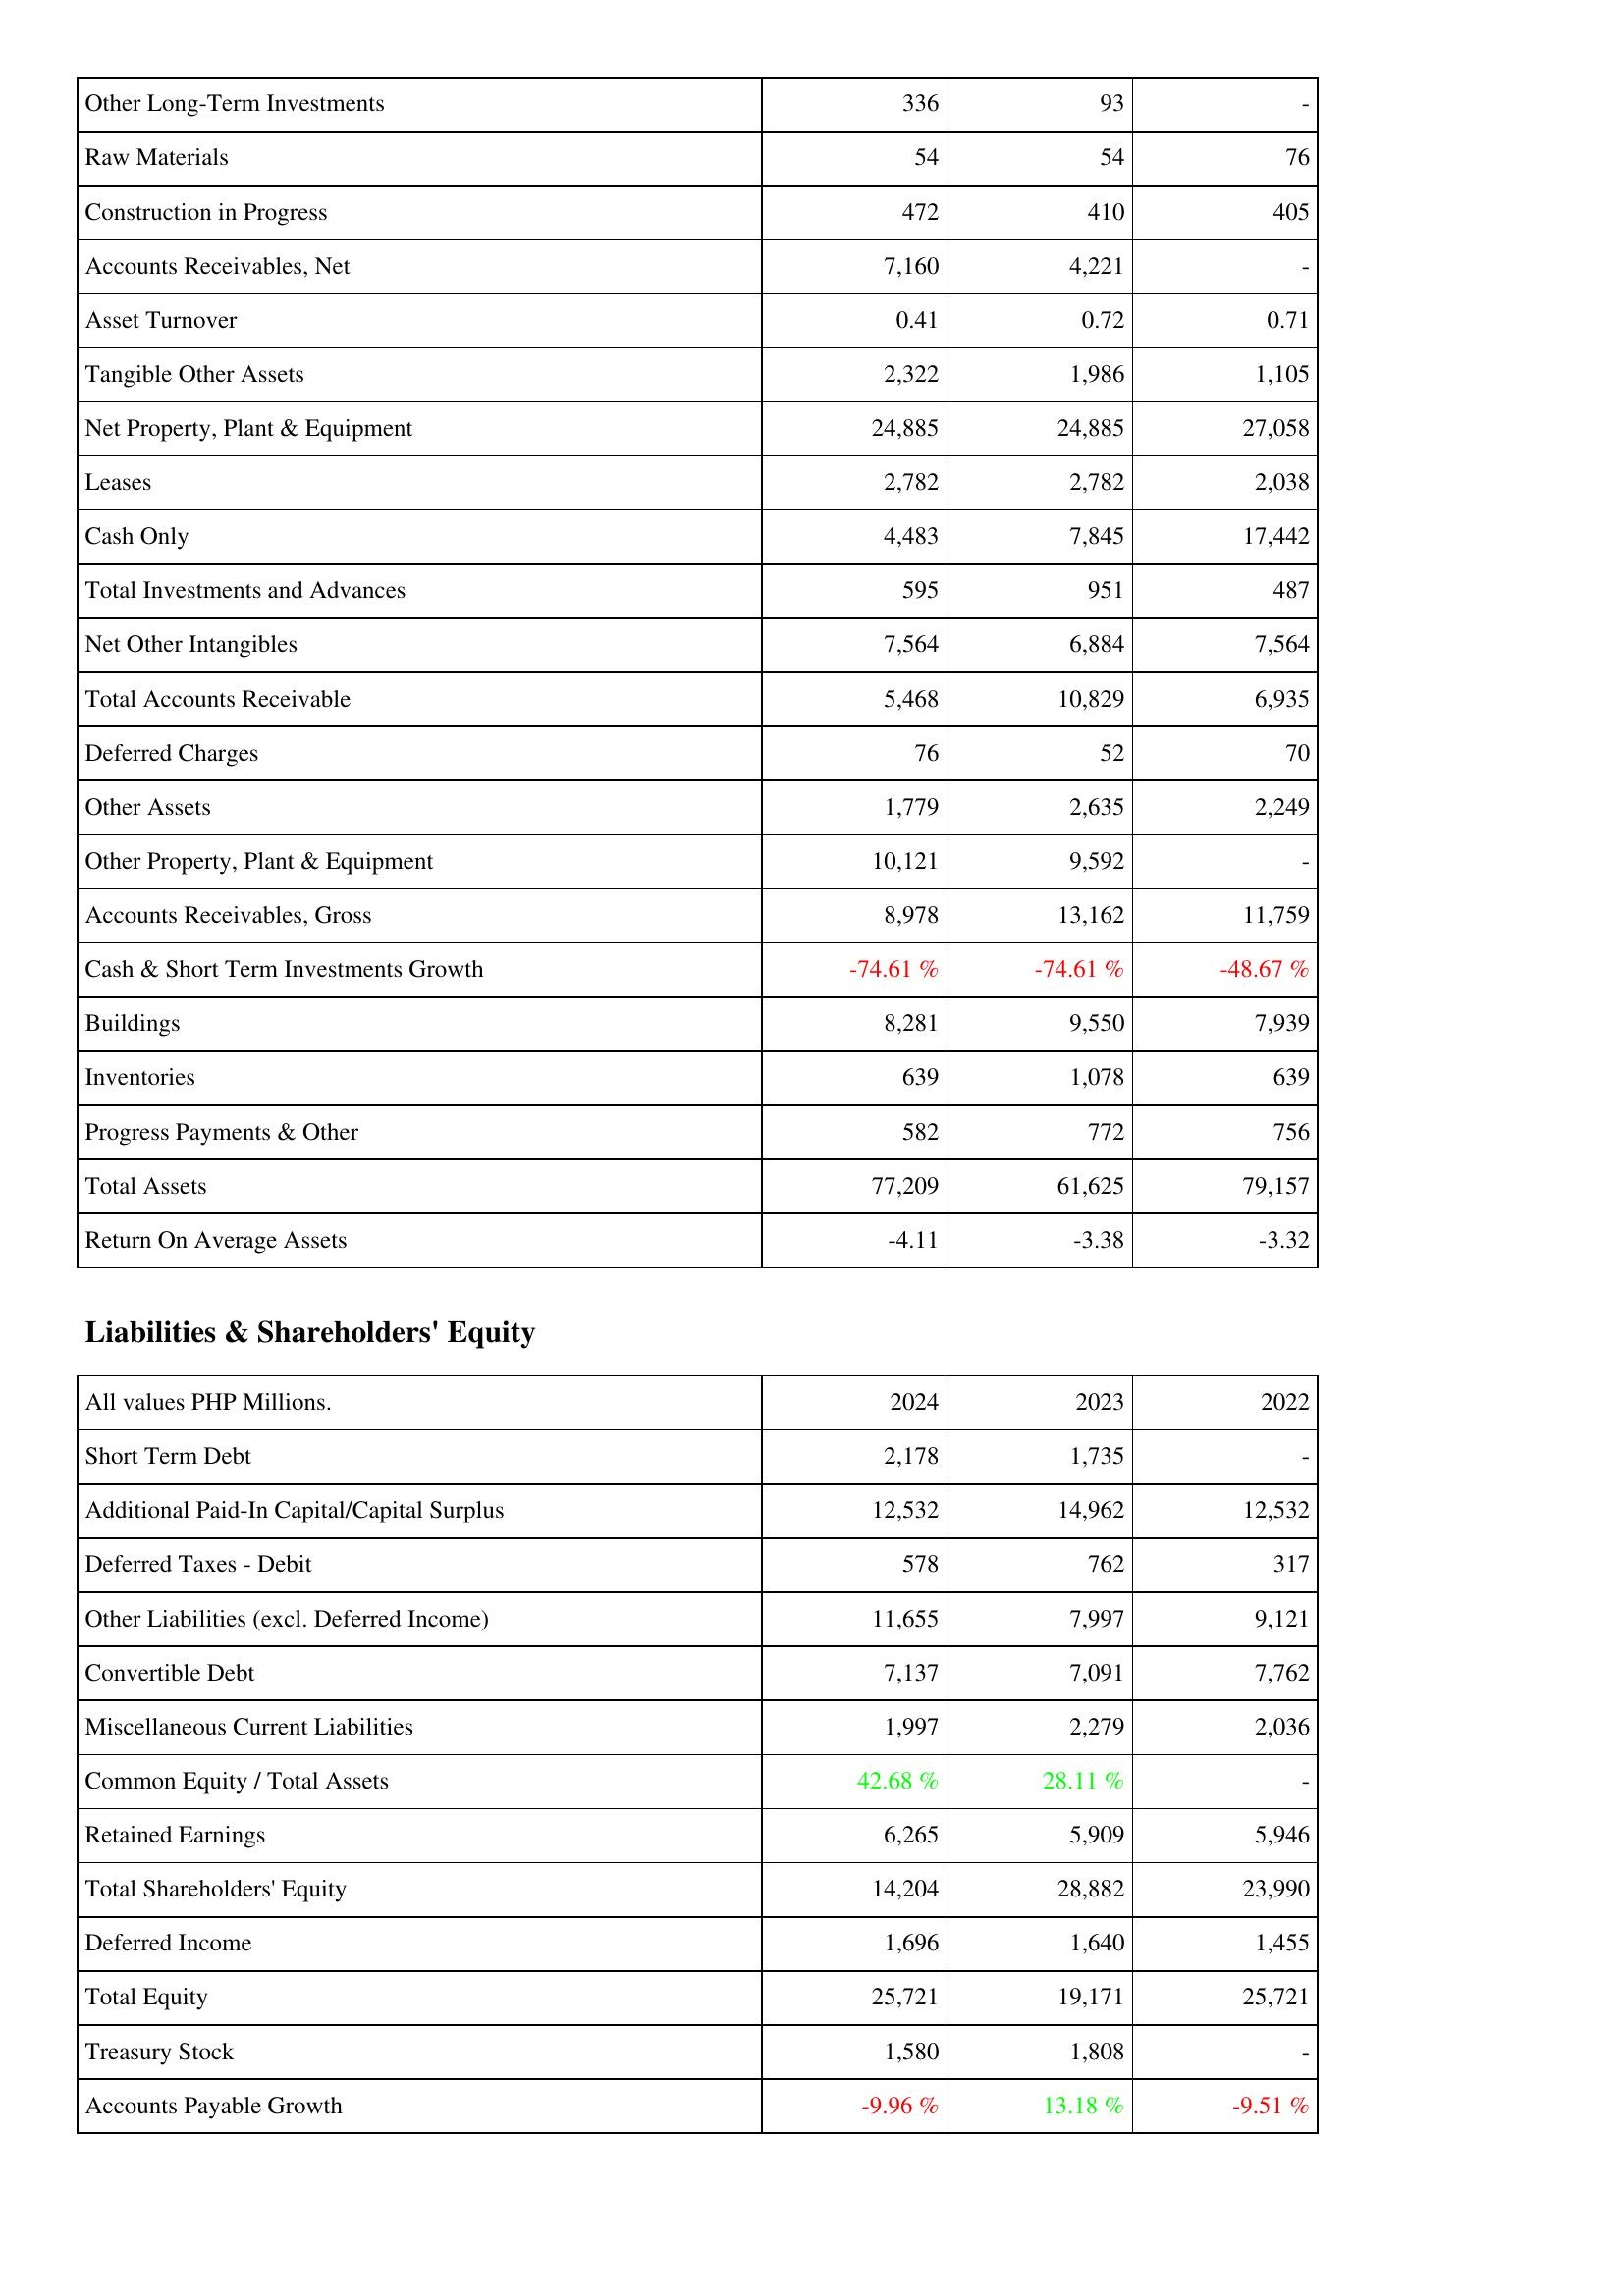
2024: Assets: Other Long-Term Investments: 336
Raw Materials: 54
Construction in Progress: 472
Accounts Receivables, Net: 7,160
Asset Turnover: 0.41
Tangible Other Assets: 2,322
Net Property, Plant & Equipment: 24,885
Leases: 2,782
Cash Only: 4,483
Total Investments and Advances: 595
Net Other Intangibles: 7,564
Total Accounts Receivable: 5,468
Deferred Charges: 76
Other Assets: 1,779
Other Property, Plant & Equipment: 10,121
Accounts Receivables, Gross: 8,978
Cash & Short Term Investments Growth: -74.61 %
Buildings: 8,281
Inventories: 639
Progress Payments & Other: 582
Total Assets: 77,209
Return On Average Assets: -4.11
Liabilities & Shareholders' Equity: Short Term Debt: 2,178
Additional Paid-In Capital/Capital Surplus: 12,532
Deferred Taxes - Debit: 578
Other Liabilities (excl. Deferred Income): 11,655
Convertible Debt: 7,137
Miscellaneous Current Liabilities: 1,997
Common Equity / Total Assets: 42.68 %
Retained Earnings: 6,265
Total Shareholders' Equity: 14,204
Deferred Income: 1,696
Total Equity: 25,721
Treasury Stock: 1,580
Accounts Payable Growth: -9.96 %
2023: Assets: Other Long-Term Investments: 93
Raw Materials: 54
Construction in Progress: 410
Accounts Receivables, Net: 4,221
Asset Turnover: 0.72
Tangible Other Assets: 1,986
Net Property, Plant & Equipment: 24,885
Leases: 2,782
Cash Only: 7,845
Total Investments and Advances: 951
Net Other Intangibles: 6,884
Total Accounts Receivable: 10,829
Deferred Charges: 52
Other Assets: 2,635
Other Property, Plant & Equipment: 9,592
Accounts Receivables, Gross: 13,162
Cash & Short Term Investments Growth: -74.61 %
Buildings: 9,550
Inventories: 1,078
Progress Payments & Other: 772
Total Assets: 61,625
Return On Average Assets: -3.38
Liabilities & Shareholders' Equity: Short Term Debt: 1,735
Additional Paid-In Capital/Capital Surplus: 14,962
Deferred Taxes - Debit: 762
Other Liabilities (excl. Deferred Income): 7,997
Convertible Debt: 7,091
Miscellaneous Current Liabilities: 2,279
Common Equity / Total Assets: 28.11 %
Retained Earnings: 5,909
Total Shareholders' Equity: 28,882
Deferred Income: 1,640
Total Equity: 19,171
Treasury Stock: 1,808
Accounts Payable Growth: 13.18 %
2022: Assets: Other Long-Term Investments: -
Raw Materials: 76
Construction in Progress: 405
Accounts Receivables, Net: -
Asset Turnover: 0.71
Tangible Other Assets: 1,105
Net Property, Plant & Equipment: 27,058
Leases: 2,038
Cash Only: 17,442
Total Investments and Advances: 487
Net Other Intangibles: 7,564
Total Accounts Receivable: 6,935
Deferred Charges: 70
Other Assets: 2,249
Other Property, Plant & Equipment: -
Accounts Receivables, Gross: 11,759
Cash & Short Term Investments Growth: -48.67 %
Buildings: 7,939
Inventories: 639
Progress Payments & Other: 756
Total Assets: 79,157
Return On Average Assets: -3.32
Liabilities & Shareholders' Equity: Short Term Debt: -
Additional Paid-In Capital/Capital Surplus: 12,532
Deferred Taxes - Debit: 317
Other Liabilities (excl. Deferred Income): 9,121
Convertible Debt: 7,762
Miscellaneous Current Liabilities: 2,036
Common Equity / Total Assets: -
Retained Earnings: 5,946
Total Shareholders' Equity: 23,990
Deferred Income: 1,455
Total Equity: 25,721
Treasury Stock: -
Accounts Payable Growth: -9.51 %